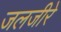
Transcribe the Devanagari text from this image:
जलजीरे